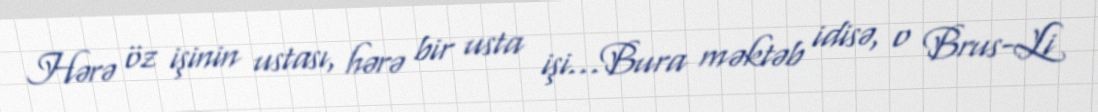
Hərə öz işinin ustası, hərə bir usta işi…Bura məktəb idisə, o Brus-Li